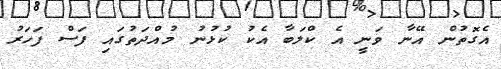
އެގޮތުން އޭނާ ވަނީ އެ ކްލަބާ އެކު ކުޅުނު މުއްދަތުގައި ފަސް ފަހަރު